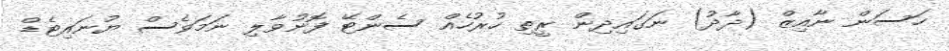
ހަސަން ނާއިޒް (ދާދު) ނަގައިދިން ރީތި ހުރުހެއް ސެންޓޭ ފޮނުވާލި ނަމަވެސް ޔުނައިޓެޑް